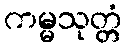
ကမ္မသုတ္တံ